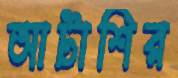
আটাশির